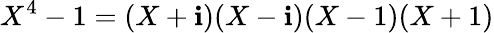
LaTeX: X^{4}-1=(X+\mathbf{i})(X-\mathbf{i})(X-1)(X+1)